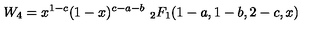
W _ { 4 } = x ^ { 1 - c } ( 1 - x ) ^ { c - a - b } \ _ { 2 } F _ { 1 } ( 1 - a , 1 - b , 2 - c , x )